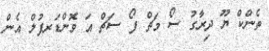
ތެންކް ޔޫ ދިރާގު ސޯ މަޗް ފޯ ސަޗް އަ ވޮންޑަރފުލް އެެން